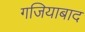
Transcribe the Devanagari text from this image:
गजियाबाद